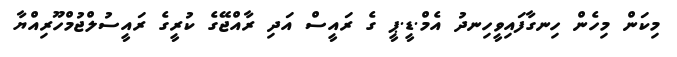
މިކަން މިހެން ހިނގާފައިވީހިނދު އެމް.ޑީ.ޕީ ގެ ރައީސް އަދި ރާއްޖޭގެ ކުރީގެ ރައީސުލްޖުމްހޫރިއްޔާ